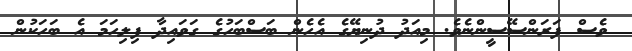
ވެސް ފަރަންސޭސީންނެވެ. މިއަދު ދުނިޔޭގެ އެހެން ބަސްބަހުގެ ގަވައިދާ ފިލިހަމަ އެ ބަހަކުން